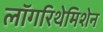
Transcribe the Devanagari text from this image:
लॉगरिथेमिशेन